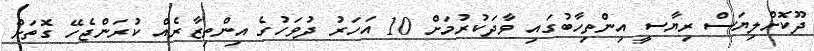
ދޫކޮށްލިޔަސް ރިޔާސީ އިންތިހާބުގައި ވާދަކުރުމަށް 10 އަހަރު ދުވަހުގެ އިންތިޒާރެއް ކުރަންޖެހޭ ގޮތަށް